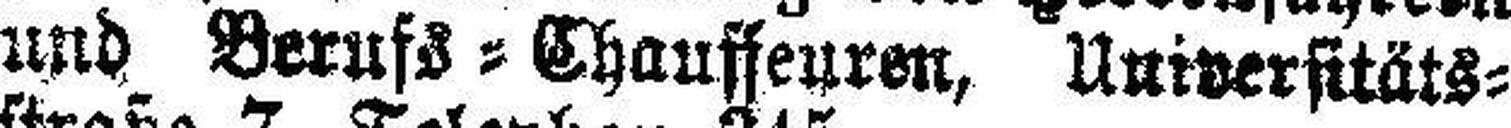
und Berufs=Chauffeuren, Universitäts¬